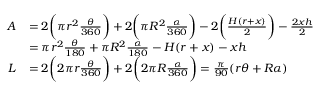
\begin{array} { r l } { A } & { = 2 \bigg ( \pi r ^ { 2 } \frac { \theta } { 3 6 0 } \bigg ) + 2 \bigg ( \pi R ^ { 2 } \frac { \alpha } { 3 6 0 } \bigg ) - 2 \bigg ( \frac { H ( r + x ) } { 2 } \bigg ) - \frac { 2 x h } { 2 } } \\ & { = \pi r ^ { 2 } \frac { \theta } { 1 8 0 } + \pi R ^ { 2 } \frac { \alpha } { 1 8 0 } - H ( r + x ) - x h } \\ { L } & { = 2 \bigg ( 2 \pi r \frac { \theta } { 3 6 0 } \bigg ) + 2 \bigg ( 2 \pi R \frac { \alpha } { 3 6 0 } \bigg ) = \frac { \pi } { 9 0 } ( r \theta + R \alpha ) } \end{array}